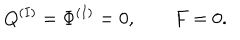
LaTeX: Q ^ { ( I ) } = \Phi ^ { ( I ) } = 0 , \qquad F = 0 .